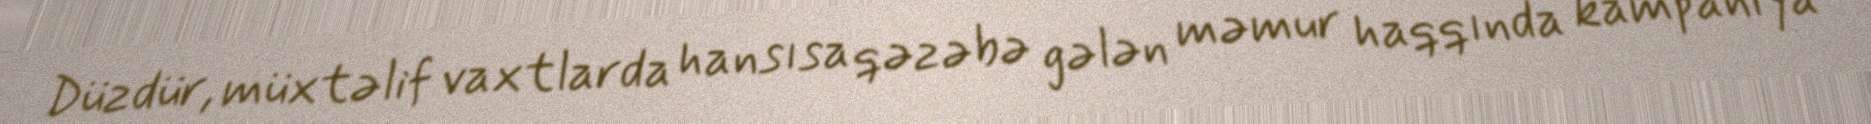
Düzdür, müxtəlif vaxtlarda hansısa qəzəbə gələn məmur haqqında kampaniya